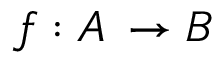
f : A \, \rightarrow B